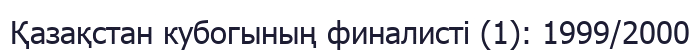
Қазақстан кубогының финалисті (1): 1999/2000